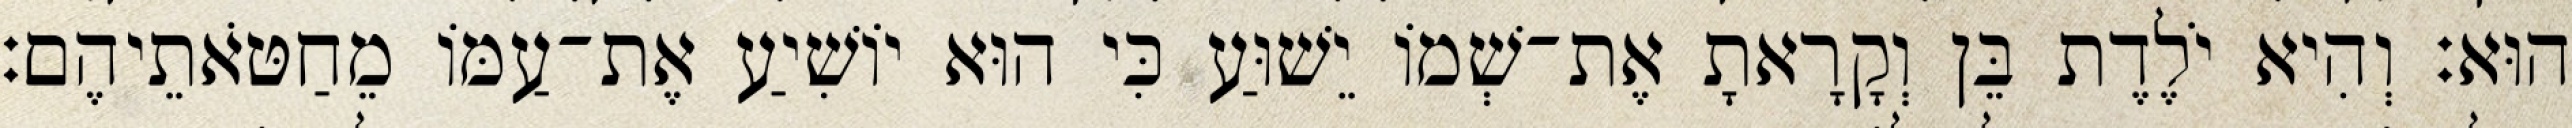
הוּא׃ וְהִיא יֹלֶדֶת בֵּן וְקָרָאתָ אֶת־שְׁמוֹ יֵשׁוּעַ כִּי הוּא יוֹשִׁיעַ אֶת־עַמּוֹ מֵחַטֹּאתֵיהֶם׃